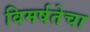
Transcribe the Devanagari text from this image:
विमर्षतेचा